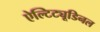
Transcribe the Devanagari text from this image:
ऐल्टिट्यूडिनल